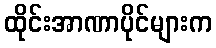
ထိုင်းအာဏာပိုင်များက